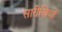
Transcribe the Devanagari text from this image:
सारीणियों